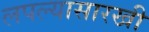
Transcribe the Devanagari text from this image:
लपल्यासारखी